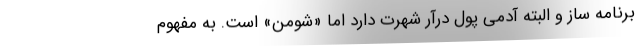
برنامه ساز و البته آدمی پول درآر شهرت دارد اما «شومن» است. به مفهوم